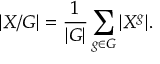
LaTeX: | X / G | = { \frac { 1 } { | G | } } \sum _ { g \in G } | X ^ { g } | .